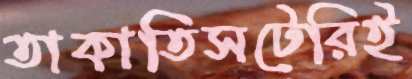
তাকাতিসটেরিই